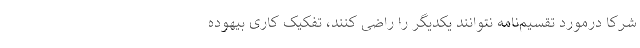
شرکا درمورد تقسیم‌نامه نتوانند یکدیگر را راضی کنند، تفکیک کاری بیهوده